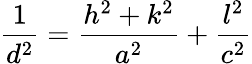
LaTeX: \frac{1}{d^{2}}=\frac{h^{2}+k^{2}}{a^{2}}+\frac{l^{2}}{c^{2}}